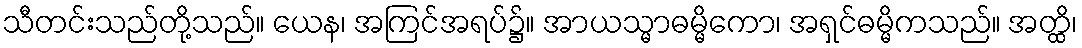
သီတင်းသည်တို့သည်။ ယေန၊ အကြင်အရပ်၌။ အာယသ္မာဓမ္မိကော၊ အရှင်ဓမ္မိကသည်။ အတ္ထိ၊